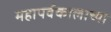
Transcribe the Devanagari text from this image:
महापर्वकालाच्या